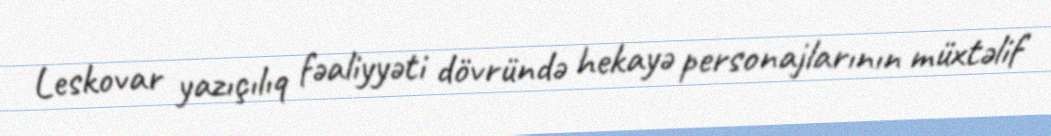
Leskovar yazıçılıq fəaliyyəti dövründə hekayə personajlarının müxtəlif